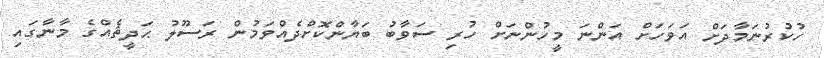
ހުކުރުނަމާދަށް އަވަހަށް އަންނަ މީހުންނަށް ހުރި ސަވާބު ބަޔާންކޮށްދެއްވަމުން ރަސޫލު ޙަދީޘެއްގެ މާނާގައި